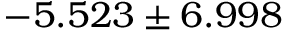
- 5 . 5 2 3 \pm 6 . 9 9 8